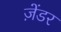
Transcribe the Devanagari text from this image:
ज़ेंडर